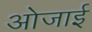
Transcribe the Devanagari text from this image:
ओजाई